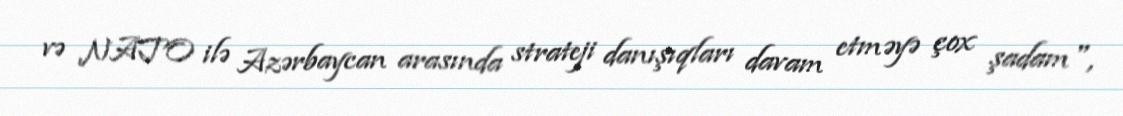
və NATO ilə Azərbaycan arasında strateji danışıqları davam etməyə çox şadam",